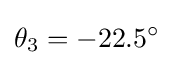
\theta _{3}=-22.5^{\circ }